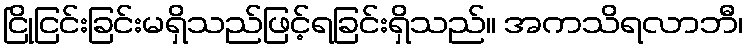
ငြိုငြင်းခြင်းမရှိသည်ဖြင့်ရခြင်းရှိသည်။ အကသိရလာဘီ၊